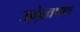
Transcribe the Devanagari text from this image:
उल्लेखपण